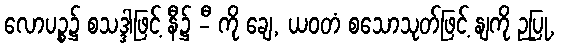
လောပဉ္စ၌ စသဒ္ဒါဖြင့် နီ၌ -ီ ကို ချေ, ယဝတံ စသောသုတ်ဖြင့် နျကို ဉပြု,